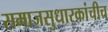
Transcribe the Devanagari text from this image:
समाजसुधारकांचीच